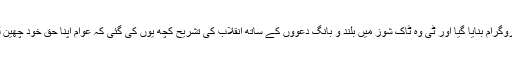
عین یوم آزادی کو یوم انقلاب بنانے کا پروگرام بنایا گیا اور ٹی وہ ٹاک شوز میں بلند و بانگ دعووں کے ساتھ انقلاب کی تشریح کچھ یوں کی گئی کہ عوام اپنا حق خود چھین لیں گے اور اب حکومت عوام کرے گی۔